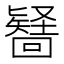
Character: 𭍶